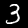
Label: 3